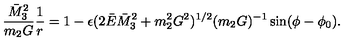
\frac { \bar { M } _ { 3 } ^ { 2 } } { m _ { 2 } G } \frac { 1 } { r } = 1 - \epsilon ( 2 \bar { E } \bar { M } _ { 3 } ^ { 2 } + m _ { 2 } ^ { 2 } G ^ { 2 } ) ^ { 1 / 2 } ( m _ { 2 } G ) ^ { - 1 } \sin ( \phi - \phi _ { 0 } ) .